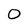
Character: 0